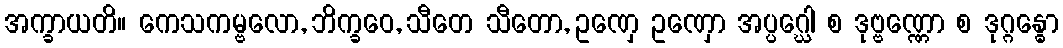
အက္ခာယတိ။ ကေသကမ္ဗလော, ဘိက္ခဝေ, သီတေ သီတော, ဥဏှေ ဥဏှော အပ္ပဂ္ဃေါ စ ဒုဗ္ဗဏ္ဏော စ ဒုဂ္ဂန္ဓော